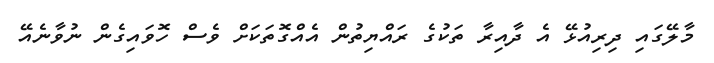
މާލޭގައި ދިރިއުޅޭ އެ ދާއިރާ ތަކުގެ ރައްޔިތުން އެއްގޮތަކަށް ވެސް ހޮވައިގެން ނުވާނެއޭ